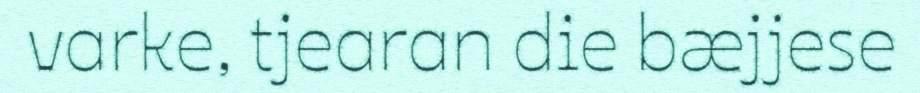
varke, tjearan die bæjjese